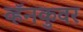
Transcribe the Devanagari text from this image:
व्हॅनकुवर